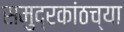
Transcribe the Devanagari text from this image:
समुद्रकांठच्या